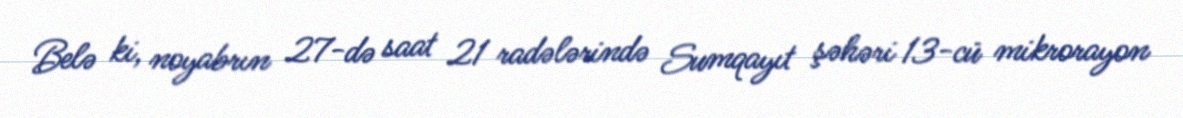
Belə ki, noyabrın 27-də saat 21 radələrində Sumqayıt şəhəri 13-cü mikrorayon